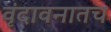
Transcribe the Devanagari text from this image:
वृंदावनातच